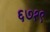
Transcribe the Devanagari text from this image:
६७१९